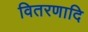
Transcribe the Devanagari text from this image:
वितरणादि